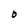
Character: O